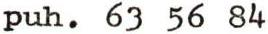
puh. 63 56 84